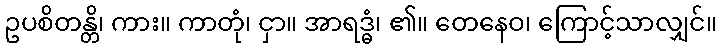
ဥပစိတန္တိ၊ ကား။ ကာတုံ၊ ငှာ။ အာရဒ္ဓံ၊ ၏။ တေနေဝ၊ ကြောင့်သာလျှင်။